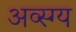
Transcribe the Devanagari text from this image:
अव्स्ग्य